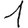
Digit: 1